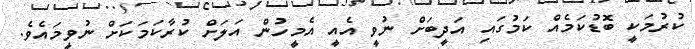
ކުރުމަކީ ބޮޑުކަމެއް ކަމުގައި އަދީބަށް ނުވީ އެއީ އެމީހުން އަލަށް ކުރާކަމަކަށް ނުވީމައެވެ.